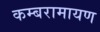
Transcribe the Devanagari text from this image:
कम्बरामायण